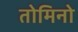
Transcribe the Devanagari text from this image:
तोमिनो